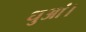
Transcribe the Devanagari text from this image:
धुआं।